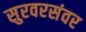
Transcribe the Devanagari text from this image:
सुरवरसंवर